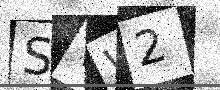
Text: SVW2